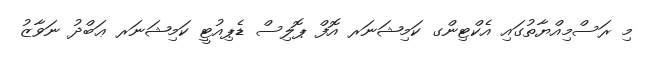
މި ރަސްމިއްޔާތުގައި އެކްޓިންގ ކަމިޝަނަރ އޮފް ޕޮލިސް ޑެޕިއުޓީ ކަމިޝަނަރ ޢަބްދު ނަވާޒު